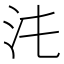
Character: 𣲃